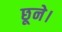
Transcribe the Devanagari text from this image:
छूने।